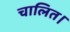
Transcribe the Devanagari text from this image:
चालित।